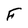
Character: F